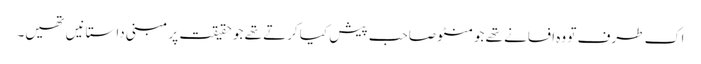
اک طرف تو وہ افسانے تھے جو منٹو صاحب پیش کیا کرتے تھے جو حقیقت پر مبنی داستانیں تھیں۔